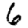
Digit: 6